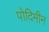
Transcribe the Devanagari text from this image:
पोदिमीन